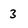
Character: 3